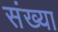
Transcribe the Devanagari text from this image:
संख्या